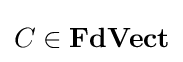
C\in \mathbf {FdVect}